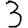
Digit: 3